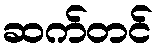
ဆက်တင်